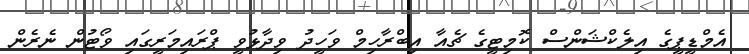
އެމްޑީޕީގެ އިލެކްޝަންސް ކޮމިޓީގެ ޗެއާ އިބްރާހިމް ވަހީދު ވިދާޅުވީ ޕްރައިމަރީގައި ވޯޓުން ނެރެން